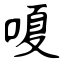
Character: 嗄